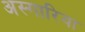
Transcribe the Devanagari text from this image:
अस्गारिया